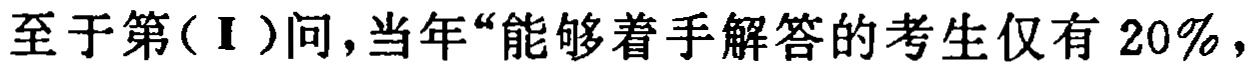
至于第(Ⅰ)问,当年“能够着手解答的考生仅有 \(20\%\),